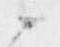
候